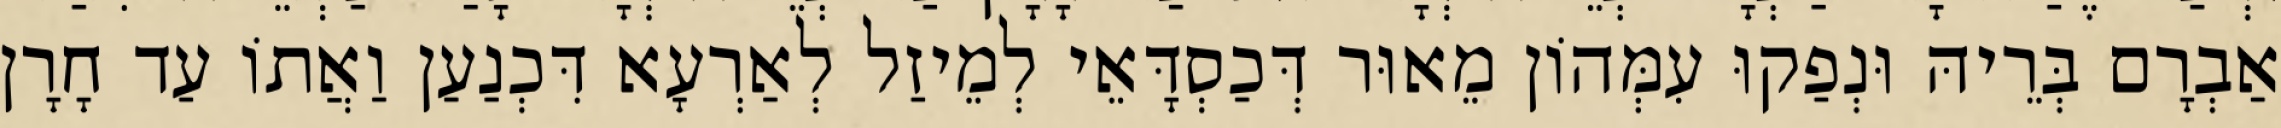
אַבְרָם בְּרֵיהּ וּנְפַקוּ עִמְּהוֹן מֵאוּר דְּכַסְדָּאֵי לְמֵיזַל לְאַרְעָא דִּכְנַעַן וַאֲתוֹ עַד חָרָן